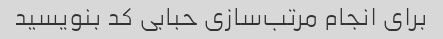
برای انجام مرتب‌سازی حبابی کد بنویسید